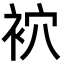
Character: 袕